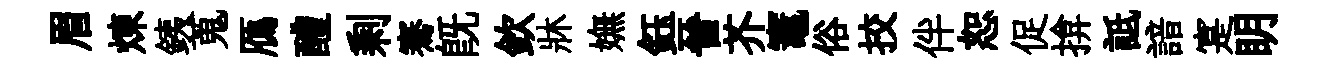
眉煉銕蒐鴈醴剩騫旣欽牀嫵鈺晉芥竈俗挍伴恕促揜詆諳寔眀